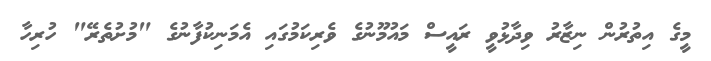
މީގެ އިތުރުން ނިޒާރު ވިދާޅުވީ ރައީސް މައުމޫނުގެ ވެރިކަމުގައި އެމަނިކުފާނުގެ "މުށުތެރޭ" ހުރިހާ